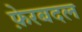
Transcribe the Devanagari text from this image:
फ़ेरबदल